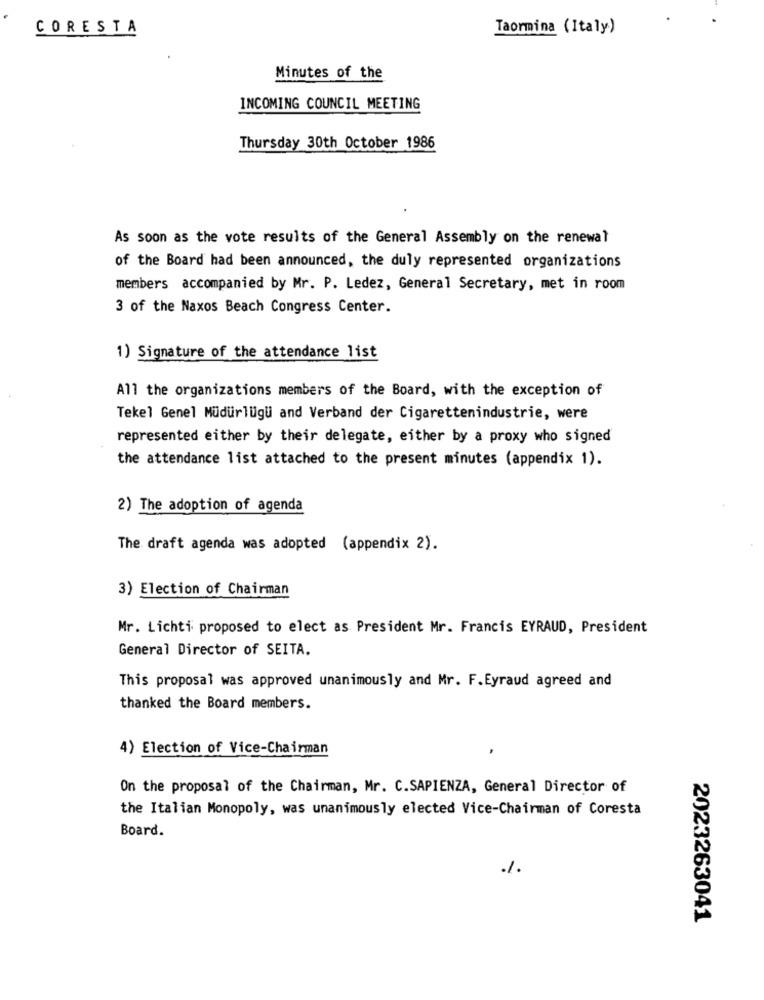
CORESTA
Taormina (Italy)
Minutes of the
INCOMING COUNCIL MEETING
Thursday 30th October 1986
As soon as the vote results of the General Assembly on the renewal
of the Board had been announced, the duly represented organizations
members accompanied by Mr. P. Ledez, General Secretary, met in room
3 of the Naxos Beach Congress Center.
1) Signature of the attendance list
All the organizations members of the Board, with the exception of
Tekel Genel Müdürlüğü and Verband der Cigarettenindustrie, were
represented either by their delegate, either by a proxy who signed
the attendance list attached to the present minutes (appendix 1).
2) The adoption of agenda
The draft agenda was adopted (appendix 2).
3) Election of Chairman
Mr. Lichti proposed to elect as President Mr. Francis EYRAUD, President
General Director of SEITA.
This proposal was approved unanimously and Mr. F.Eyraud agreed and
thanked the Board members.
4) Election of Vice-Chairman
On the proposal of the Chairman, Mr. C.SAPIENZA, General Director of
the Italian Monopoly, was unanimously elected Vice-Chairman of Coresta
Board.
1.
2023263041